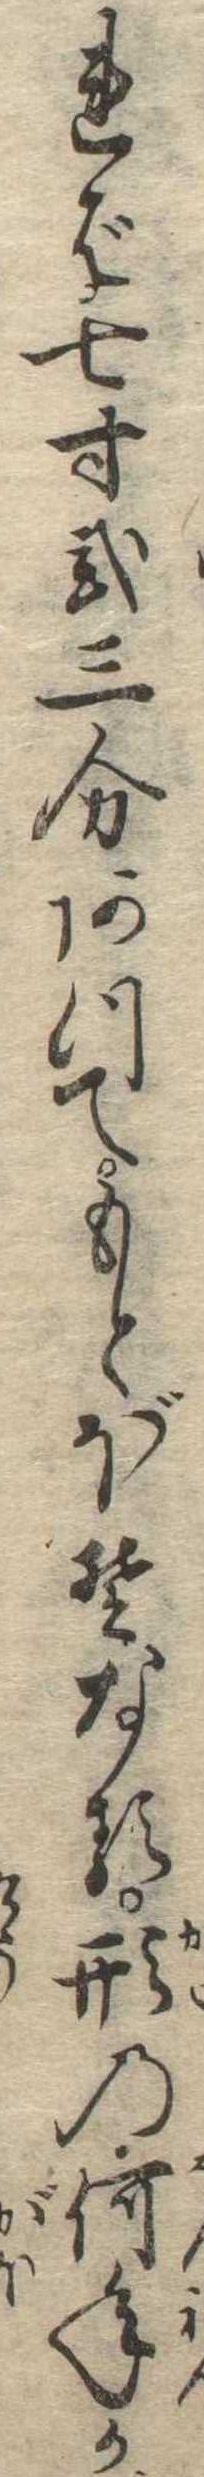
れば七寸弐三分あつてもとぼそなる形の何年か